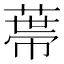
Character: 𦷾